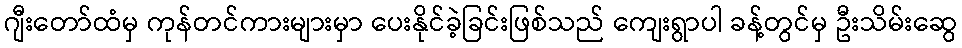
ဂျီးတော်ထံမှ ကုန်တင်ကားများမှာ ပေးနိုင်ခဲ့ခြင်းဖြစ်သည် ကျေးရွာပါ ခန့်တွင်မှ ဦးသိမ်းဆွေ